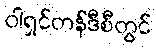
ဝါရှင်တန်ဒီစီတွင်